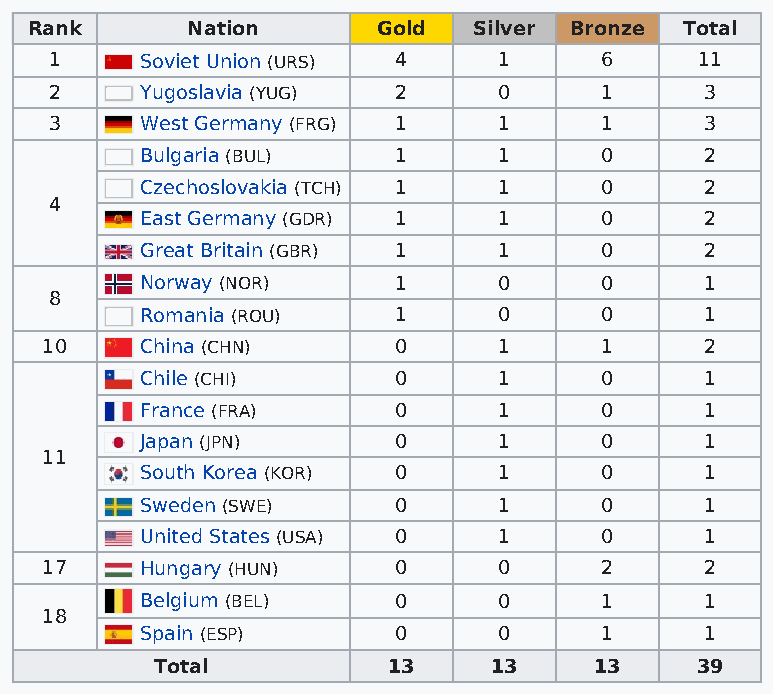
Rank      Nation       Gold  Silver Bronze Total
 1     Soviet Union (URS) 4    1      6     11
 2     Yugoslavia (YUG) 2      0      1      3
 3     West Germany (FRG) 1    1      1      3
 Bulgaria (BUL)   1      1      0      2
 Czechoslovakia (TCH) 1  1      0      2
 4
 East Germany (GDR) 1    1      0      2
 Great Britain (GBR) 1   1      0      2
 Norway (NOR)     1      0      0      1
 8
 Romania (ROU)    1      0      0      1
 10    China (CHN)      0      1      1      2
 Chile (CHI)      0      1      0      1
 France (FRA)     0      1      0      1
 Japan (JPN)      0      1      0      1
 11
 South Korea (KOR) 0     1      0      1
 Sweden (SWE)     0      1      0      1
 United States (USA) 0   1      0      1
 17    Hungary (HUN)    0      0      2      2
 Belgium (BEL)    0      0      1      1
 18
 Spain (ESP)      0      0      1      1
 Total           13     13    13     39